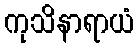
ကုသိနာရာယံ